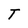
Character: T